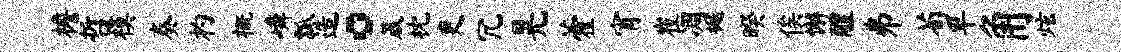
檐哲模奏杓概嶙瓢造。箴枕吏冗晃藿宵崔凋樾暌俟懈醴井荀卑角炫